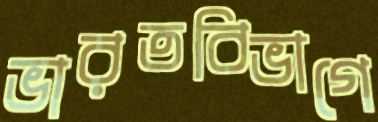
ভারতবিভাগে